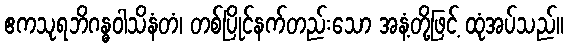
ဧကသုရဘိဂန္ဓဝါသိနံတံ၊ တစ်ပြိုင်နက်တည်းသော အနံ့တို့ဖြင့် ထုံအပ်သည်။